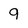
Character: 9